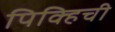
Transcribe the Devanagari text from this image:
पिक्हिची